Leaving Certificate Examination, 1924
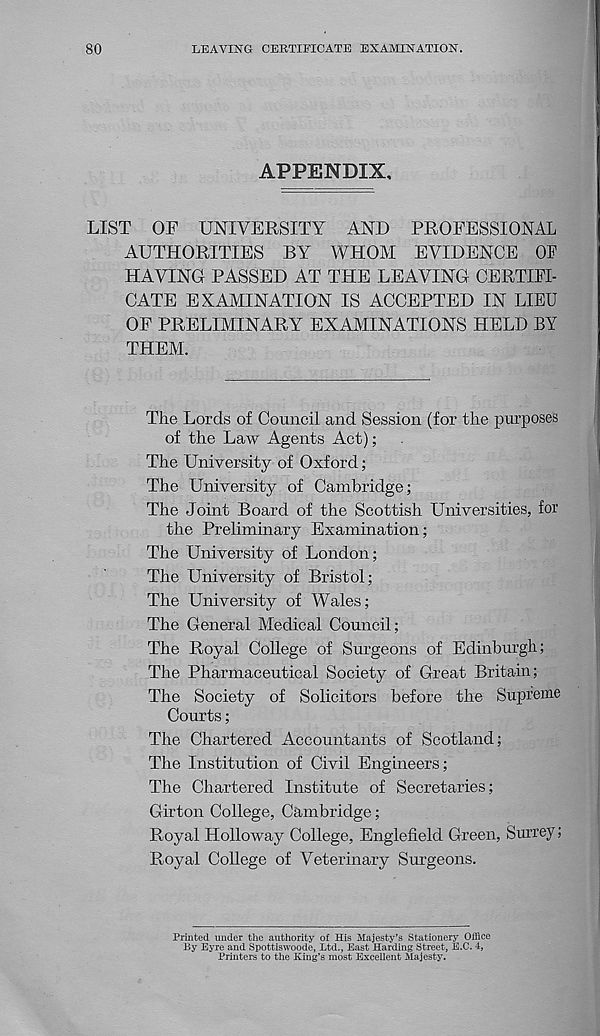
80
LEAVING CERTIFICATE EXAMINATION.
APPENDIX,
LIST OP UNIVERSITY AND PROFESSIONAL
AUTHORITIES BY WHOM EVIDENCE OF
HAVING PASSED AT THE LEAVING CERTIFI-
CATE EXAMINATION IS ACCEPTED IN LIEU
OF PRELIMINARY EXAMINATIONS HELD BY
THEM.
The Lords of Council and Session (for the purposes
of the Law Agents Act);
The University of Oxford;
The University of Cambridge;
The Joint Board of the Scottish Universities, for
the Preliminary Examination;
The University of London;
The University of Bristol;
The University of Wales;
The General Medical Council;
The Royal College of Surgeons of Edinburgh;
The Pharmaceutical Society of Great Britain;
The Society of Solicitors before the Supreme
Courts;
The Chartered Accountants of Scotland;
The Institution of Civil Engineers;
The Chartered Institute of Secretaries;
Girton College, Cambridge;
Royal Holloway College, Englefield Green, Surrey;
Royal College of Veterinary Surgeons.
Printed under the authority of His Majesty’s Stationery Office
By Eyre and Spottiswoode, Ltd., East Harding Street, E.C. 4,
Printers to the King’s most Excellent Majesty.